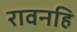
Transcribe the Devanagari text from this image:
रावनहि